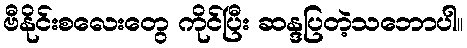
ဗီနိုင်းစလေးတွေ ကိုင်ပြီး ဆန္ဒပြတဲ့သဘောပါ။